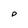
Character: p